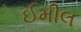
ઈમીલ